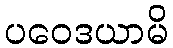
ပဝေဒယာမိ